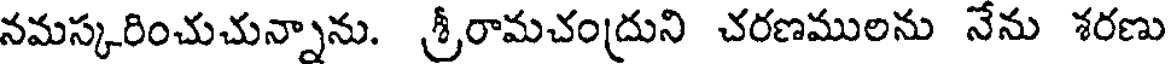
నమస్కరించుచున్నాను. శ్రీరామచంద్రుని చరణములను నేను శరణు